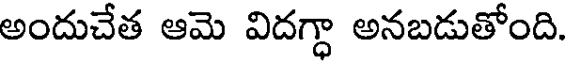
అందుచేత ఆమె విదగ్ధా అనబడుతోంది.